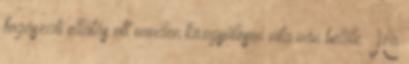
fogászati ellátás ott minden közgyűlésen vita van belőle. Ha